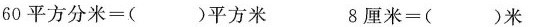
60平方分米=( )平方米 8厘米=( )米